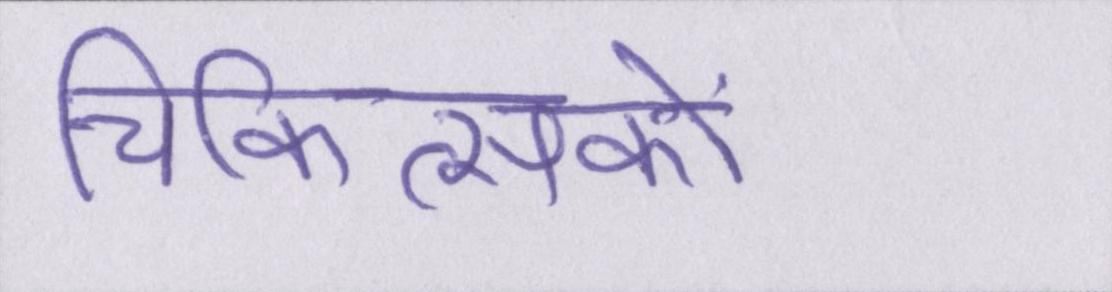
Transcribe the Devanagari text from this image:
चिकित्सकों